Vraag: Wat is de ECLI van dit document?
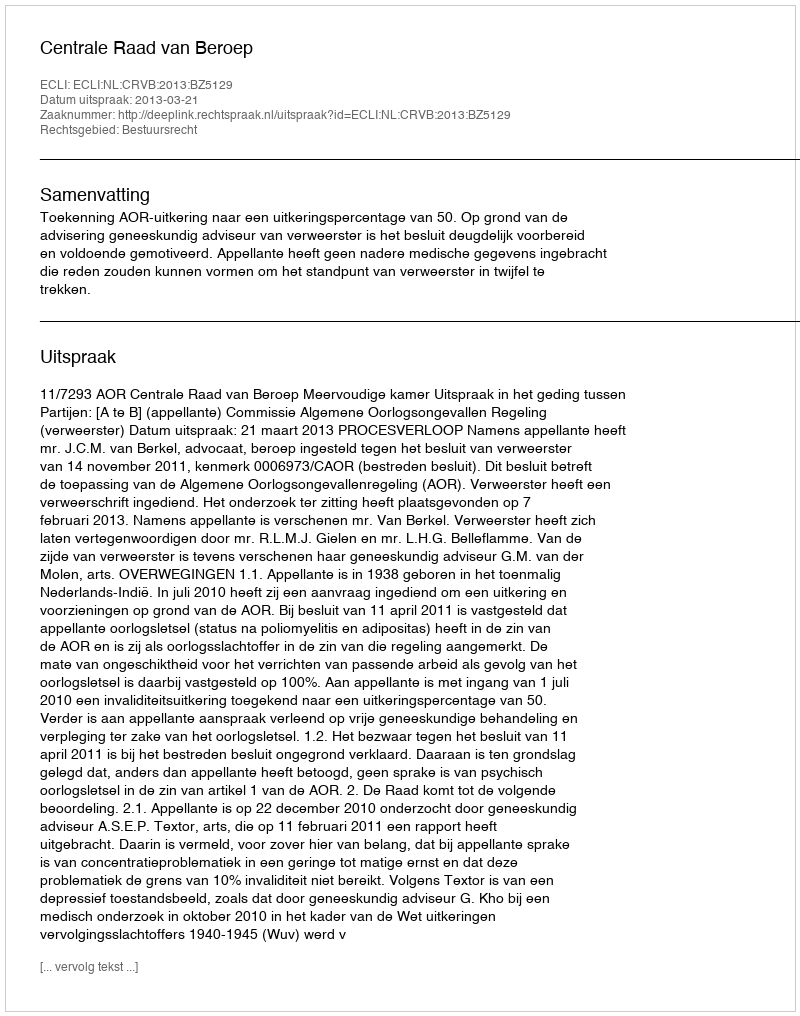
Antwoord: ECLI:NL:CRVB:2013:BZ5129